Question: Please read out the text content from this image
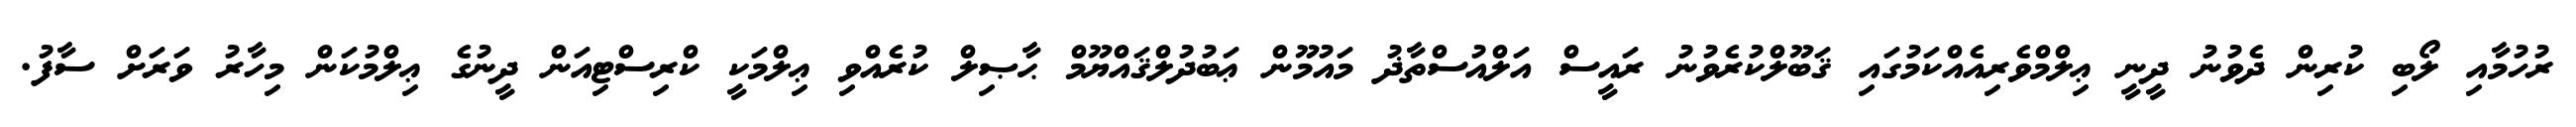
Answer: ރުހުމާއި ލޯބި ކުރިން ދެވުނު ދީނީ ޢިލްމްވެރިއެއްކަމުގައި ޤަބޫލްކުރެވުނު ރައީސް އަލްއުސްތާޛު މައުމޫން ޢަބުދުލްޤައްޔޫމް ޙާޞިލް ކުރެއްވި ޢިލްމަކީ ކްރިސްޓިއަން ދީނުގެ ޢިލްމުކަން މިހާރު ވަރަށް ސާފު.